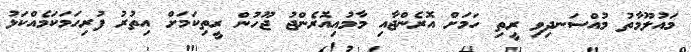
މައުލޫމާތު މުއްސަނދިވި ރީތި ހަމަށް އޮރެންޖާއި މާމުއިއޮރެންޖު ޖޫހުން ރީތިކަމަށް އިތުރު ފުރިހަމަކަމެއްކަޅު